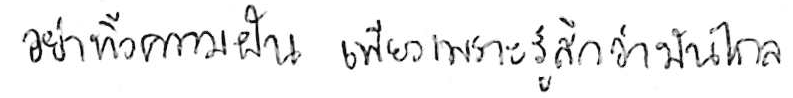
อย่าทิ้งความฝัน เพียงเพราะรู้สึกว่ามันไกล